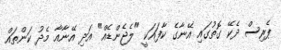
ޕެރިސް ދެކޭ ގޮތުގައި އޭނާގެ ކާފައަކީ "ލެޖެންޑެއް" އަދި އޭނާއާ މެދު ކަންތައް